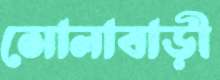
সোলাবাড়ী